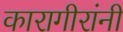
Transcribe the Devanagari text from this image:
कारागीरांनी